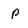
Character: p